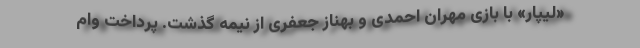
«لیپار» با بازی مهران احمدی و بهناز جعفری از نیمه گذشت. پرداخت وام